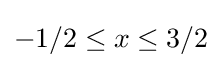
-1/2\leq x\leq 3/2